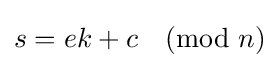
s=ek+c{\pmod {n}}